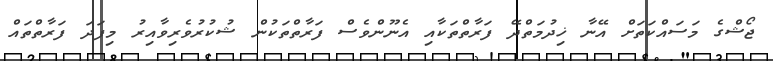
ޖޯޝްގެ މަސައްކަތަށް އޭނާ ޚިދުމަތްދޭ ފަރާތްތަކާއި އެނޫންވެސް ފަރާތްތަކުން ޝުކުރުވެރިވާއިރު މިފަދަ ފަރާތްތައް